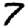
Digit: 7